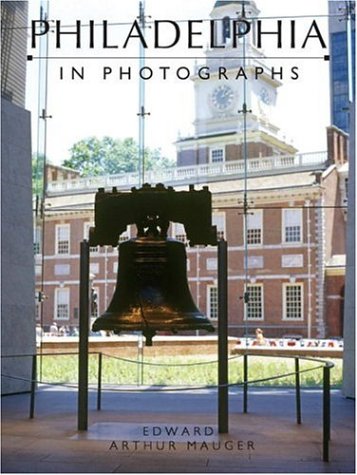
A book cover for Philadelphia in Photographs; Ed Mauger; Travel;